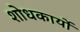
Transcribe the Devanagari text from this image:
शोधकार्यो